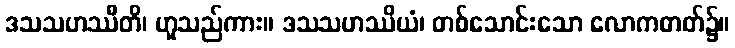
ဒသသဟဿီတိ၊ ဟူသည်ကား။ ဒသသဟဿိယံ၊ တစ်သောင်းသော လောကဓာတ်၌။